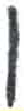
אות: ן